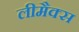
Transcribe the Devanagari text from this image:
लीमैक्स